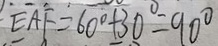
E A F = 6 0 ^ { \circ } + 3 0 ^ { \circ } = 9 0 ^ { \circ }